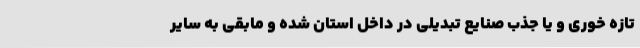
تازه خوری و یا جذب صنایع تبدیلی در داخل استان شده و مابقی به سایر